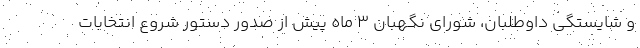
و شایستگی داوطلبان، شورای نگهبان ۳ ماه پیش از صدور دستور شروع انتخابات